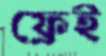
ফ্রেই